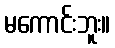
မကောင်းဘူး။